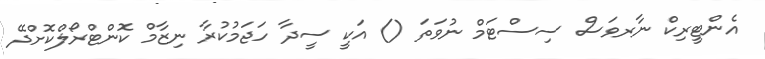
އެންޓީރިކް ނާރވަސް ސިސްޓަމް ނުވަތަ () އަކީ ސީދާ ހަޖަމުކުރާ ނިޒާމް ކޮންޓްރޯލްކޮށްދޭ